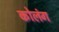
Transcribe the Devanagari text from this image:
कोलंग